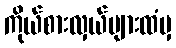
ကိုယ်စားလှယ်များထံမှ